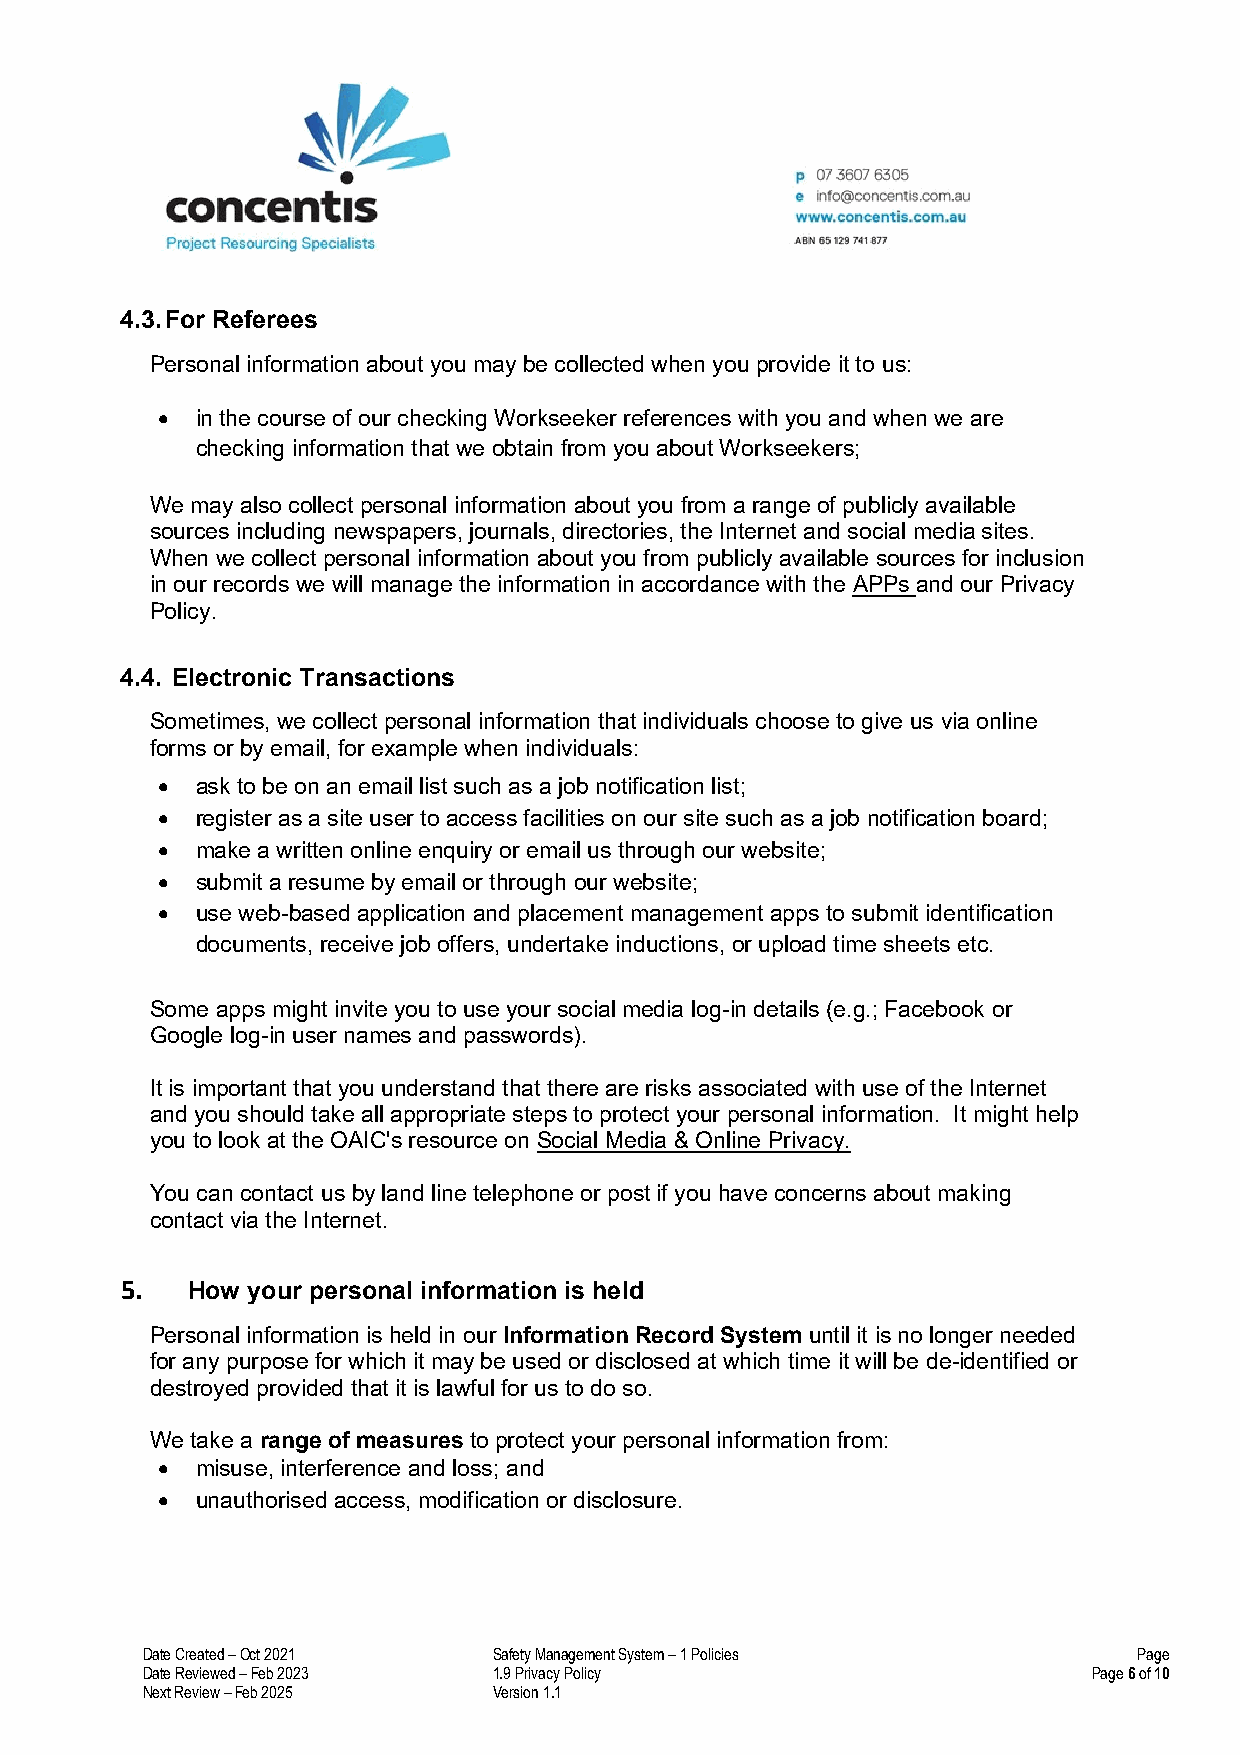
4.3. For Referees
 Personal information about you may be collected when you provide it to us:
 •  in the course of our checking Workseeker references with you and when we are
 checking information that we obtain from you about Workseekers;
 We may also collect personal information about you from a range of publicly available
 sources including newspapers, journals, directories, the Internet and social media sites.
 When we collect personal information about you from publicly available sources for inclusion
 in our records we will manage the information in accordance with the APPs and our Privacy
 Policy.
 4.4. Electronic Transactions
 Sometimes, we collect personal information that individuals choose to give us via online
 forms or by email, for example when individuals:
 •  ask to be on an email list such as a job notification list;
 •  register as a site user to access facilities on our site such as a job notification board;
 •  make a written online enquiry or email us through our website;
 •  submit a resume by email or through our website;
 •  use web-based application and placement management apps to submit identification
 documents, receive job offers, undertake inductions, or upload time sheets etc.
 Some apps might invite you to use your social media log-in details (e.g.; Facebook or
 Google log-in user names and passwords).
 It is important that you understand that there are risks associated with use of the Internet
 and you should take all appropriate steps to protect your personal information. It might help
 you to look at the OAIC's resource on Social Media & Online Privacy.
 You can contact us by land line telephone or post if you have concerns about making
 contact via the Internet.
 5.  How your personal information is held
 Personal information is held in our Information Record System until it is no longer needed
 for any purpose for which it may be used or disclosed at which time it will be de-identified or
 destroyed provided that it is lawful for us to do so.
 We take a range of measures to protect your personal information from:
 •  misuse, interference and loss; and
 •  unauthorised access, modification or disclosure.
 Date Created – Oct 2021 Safety Management System – 1 Policies     Page
 Date Reviewed – Feb 2023 1.9 Privacy Policy                    Page 6 of 10
 Next Review – Feb 2025  Version 1.1